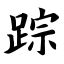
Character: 踪